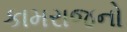
કામરાજનો